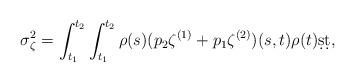
LaTeX: \begin{align*} \sigma_\zeta^2= \int_{t_1}^{t_2} \int_{t_1}^{t_2} \rho(s) (p_2\zeta^{(1)} + p_1\zeta^{(2)}) (s,t) \rho(t) \d s \d t,\end{align*}